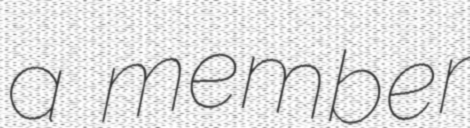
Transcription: a member